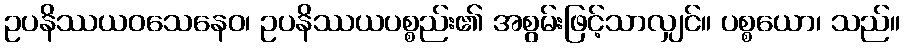
ဥပနိဿယဝသေနေဝ၊ ဥပနိဿယပစ္စည်း၏ အစွမ်းဖြင့်သာလျှင်။ ပစ္စယော၊ သည်။